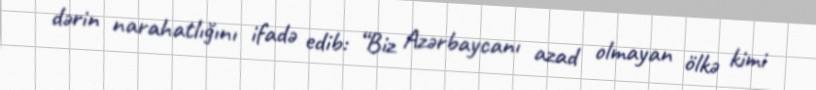
dərin narahatlığını ifadə edib: “Biz Azərbaycanı azad olmayan ölkə kimi